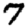
Digit: 7